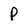
Character: P